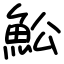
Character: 䰸